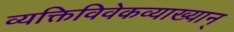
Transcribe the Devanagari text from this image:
व्यक्तिविवेकव्याख्यान्‌